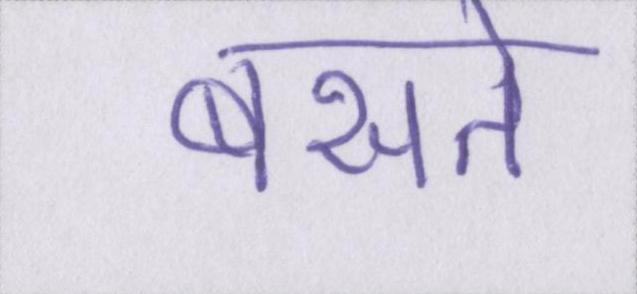
बसते